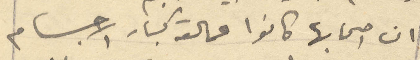
ان صحابها كانوا عمالقه كبار الاجسام